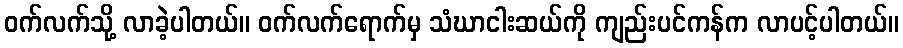
ဝက်လက်သို့ လာခဲ့ပါတယ်။ ဝက်လက်ရောက်မှ သံဃာငါးဆယ်ကို ကျည်းပင်ကန်က လာပင့်ပါတယ်။